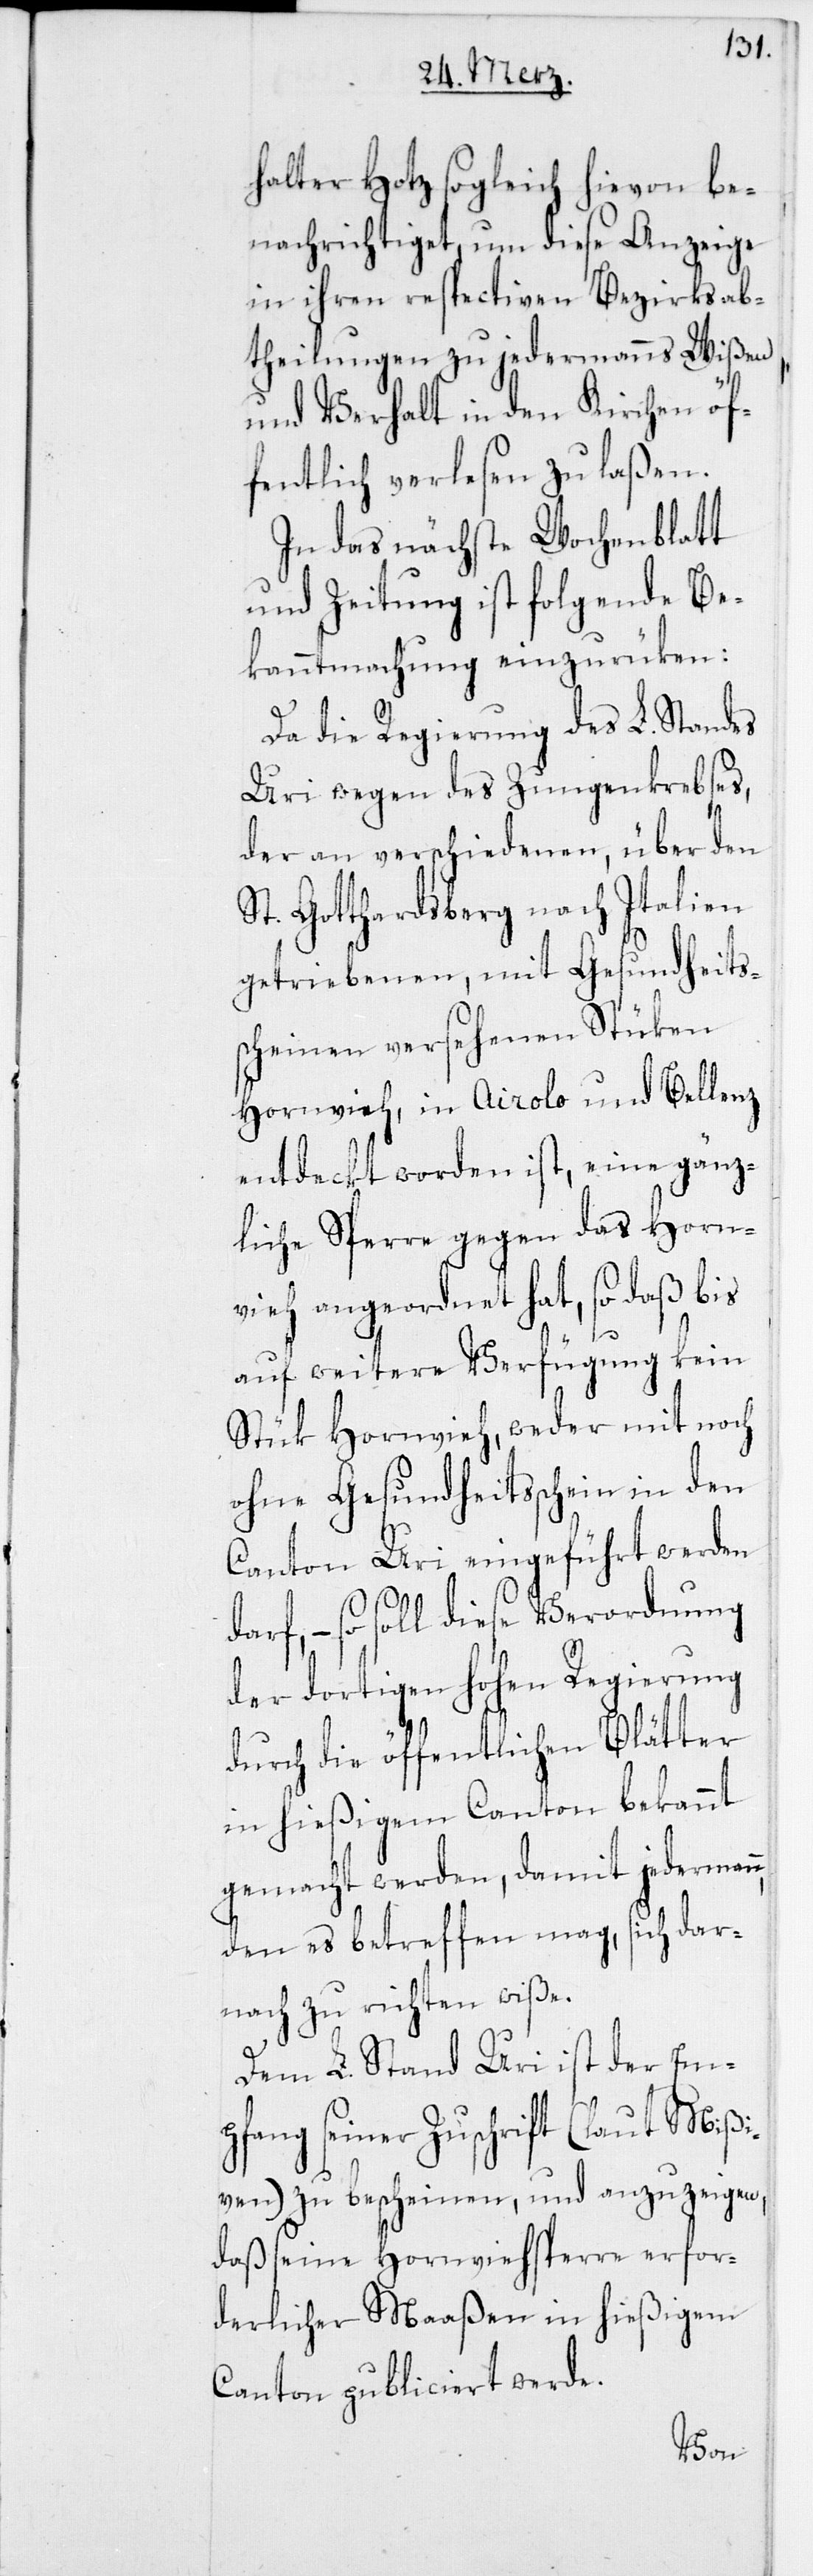
halter Hotz sogleich hievon be¬
nachrichtiget, um diese Anzeige
in ihren respectiven Bezirksab¬
theilungen zu jedermanns Wißen
und Verhalt in den Kirchen öf¬
fentlich verlesen zu laßen.
In das nächste Wochenblatt
und Zeitung ist folgende Be¬
kanntmachung einzurüken:
Da die Regierung des L. Standes
Uri wegen des Zungenkrebses,
der an verschiedenen, über den
St. Gotthardsberg nach Italien
getriebenen, mit Gesundheit¬
ßcheinen versehenen Stüken
Hornvieh, in Airolo und Bellenz
entdeckt worden ist, eine gänz¬
liche Sperre gegen das Horn¬
vieh angeordnet hat, so daß bis
auf weitere Verfügung kein
Stük Hornvieh, weder mit noch
ohne Gesundheitsschein in den
Canton Uri eingeführt werden
darf, – so soll diese Verordnung
der dortigen hohen Regierung
durch die öffentlichen Blätter
in hießigem Canton bekannt
gemacht werden, damit jedermann,
den es betreffen mag, sich dar¬
nach zu richten wiße.
Dem L. Stand Uri ist der Em¬
pfang seiner Zuschrift (laut Mißi¬
ven) zu bescheinen, und anzuzeigen,
daß seine Hornviehsperre erfor¬
derlicher Maaßen in hießigem
Canton publiciert werde.